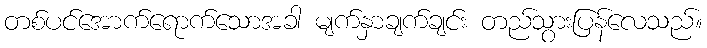
တစ်ပင်အောက်ရောက်သောအခါ မျက်နှာချက်ချင်း တည်သွားပြန်လေသည်။